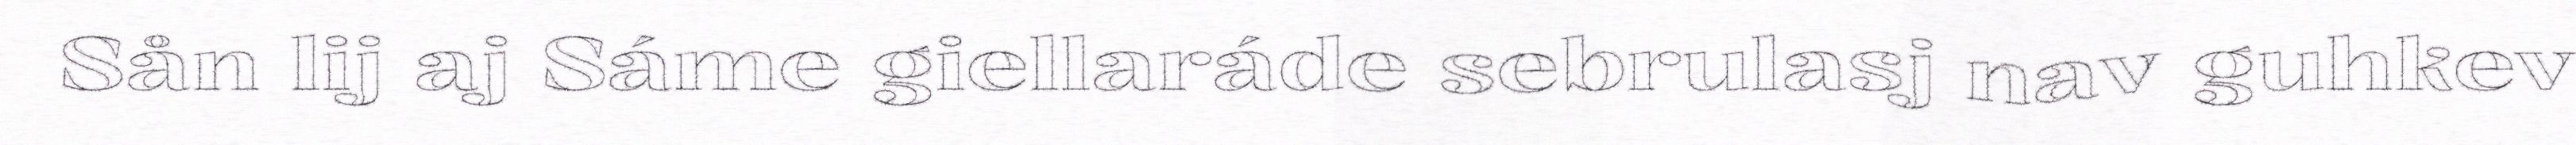
Sån lij aj Sáme giellaráde sebrulasj nav guhkev